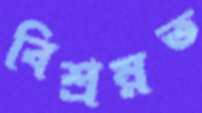
বিশ্রম্নত